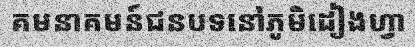
គមនាគមន៍ជនបទនៅភូមិដៀងហ្វា